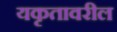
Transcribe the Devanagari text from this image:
यकृतावरील